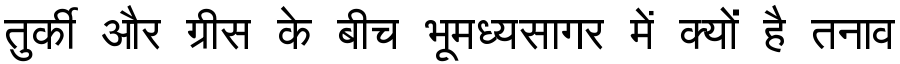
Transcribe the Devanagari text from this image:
तुर्की और ग्रीस के बीच भूमध्यसागर में क्यों है तनाव